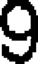
9